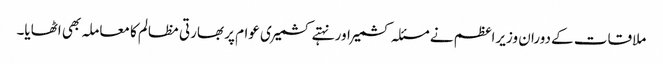
ملاقات کے دوران وزیراعظم نے مسئلہ کشمیر اور نہتے کشمیری عوام پر بھارتی مظالم کا معاملہ بھی اٹھایا۔